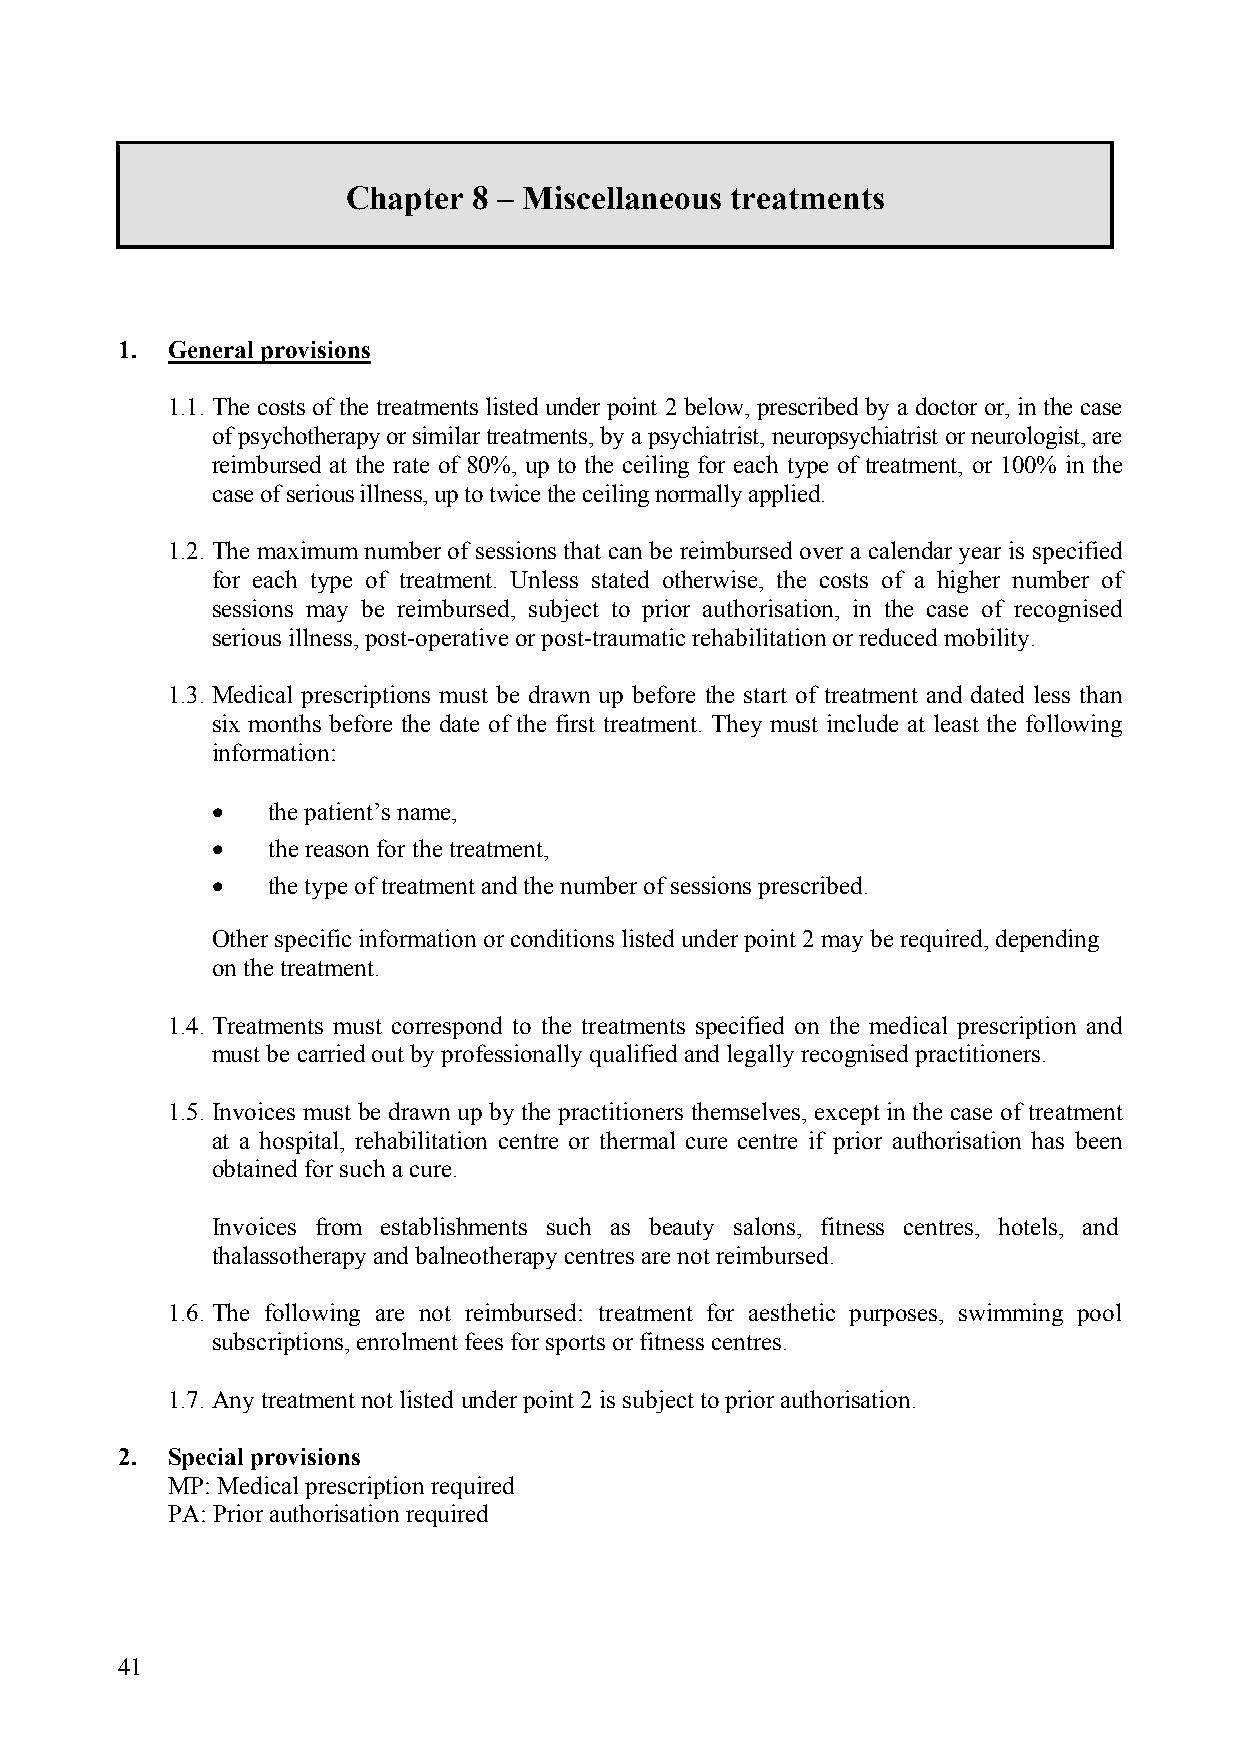
Chapter 8 – Miscellaneous treatments
 1. General provisions
 1.1. The costs of the treatments listed under point 2 below, prescribed by a doctor or, in the case
 of psychotherapy or similar treatments, by a psychiatrist, neuropsychiatrist or neurologist, are
 reimbursed at the rate of 80%, up to the ceiling for each type of treatment, or 100% in the
 case of serious illness, up to twice the ceiling normally applied.
 1.2. The maximum number of sessions that can be reimbursed over a calendar year is specified
 for each type of treatment. Unless stated otherwise, the costs of a higher number of
 sessions may be reimbursed, subject to prior authorisation, in the case of recognised
 serious illness, post-operative or post-traumatic rehabilitation or reduced mobility.
 1.3. Medical prescriptions must be drawn up before the start of treatment and dated less than
 six months before the date of the first treatment. They must include at least the following
 information:
 •   the patient’s name,
 •   the reason for the treatment,
 •   the type of treatment and the number of sessions prescribed.
 Other specific information or conditions listed under point 2 may be required, depending
 on the treatment.
 1.4. Treatments must correspond to the treatments specified on the medical prescription and
 must be carried out by professionally qualified and legally recognised practitioners.
 1.5. Invoices must be drawn up by the practitioners themselves, except in the case of treatment
 at a hospital, rehabilitation centre or thermal cure centre if prior authorisation has been
 obtained for such a cure.
 Invoices from establishments such as beauty salons, fitness centres, hotels, and
 thalassotherapy and balneotherapy centres are not reimbursed.
 1.6. The following are not reimbursed: treatment for aesthetic purposes, swimming pool
 subscriptions, enrolment fees for sports or fitness centres.
 1.7. Any treatment not listed under point 2 is subject to prior authorisation.
 2. Special provisions
 MP: Medical prescription required
 PA: Prior authorisation required
 41